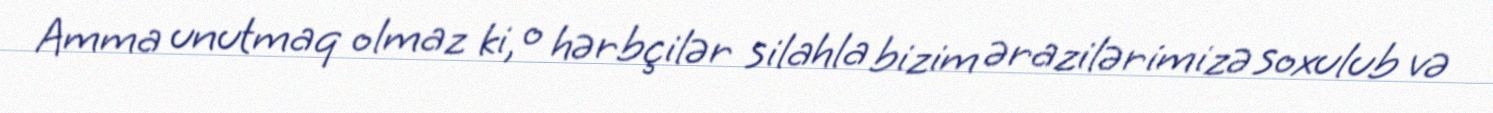
Amma unutmaq olmaz ki, o hərbçilər silahla bizim ərazilərimizə soxulub və